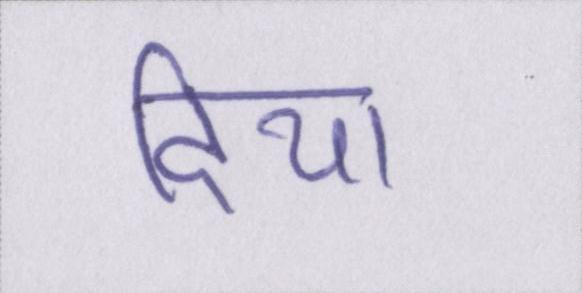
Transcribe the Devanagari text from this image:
दिया